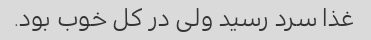
غذا سرد رسید ولی در کل خوب بود.